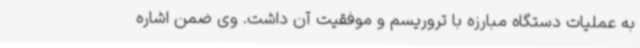
به عملیات دستگاه مبارزه با تروریسم و موفقیت آن داشت. وی ضمن اشاره